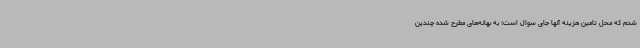
شدم که محل تامین هزینه آنها جای سوال است‌؛ به بهانه‌های مطرح شده چندین